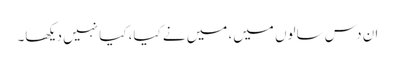
ان دس سالوں میں، میں نے کیا، کیا نہیں دیکھا۔